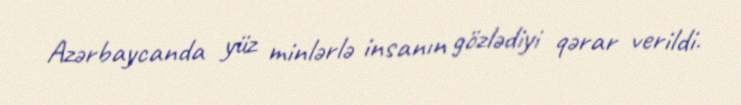
Azərbaycanda yüz minlərlə insanın gözlədiyi qərar verildi.